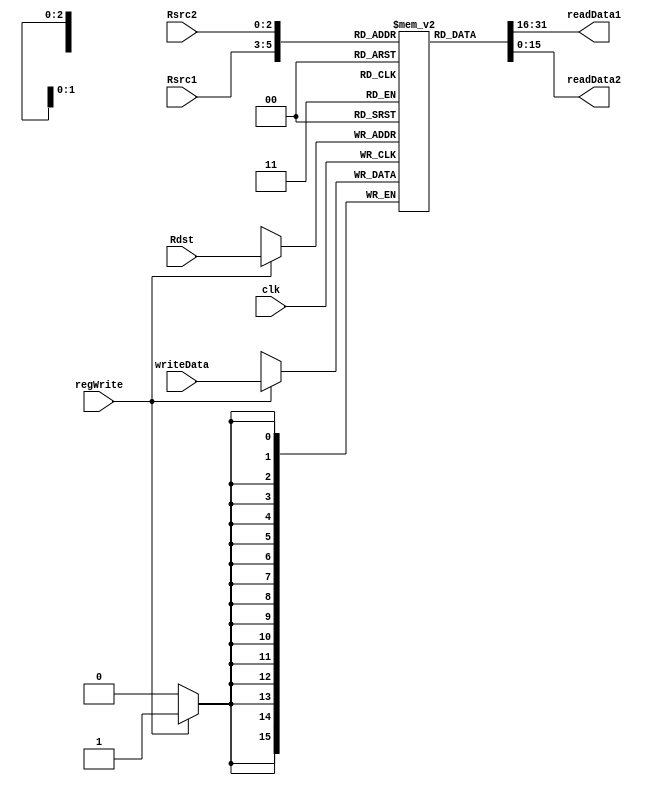
module reg_file ( 
    input wire clk,regWrite,
    input wire  [15:0] writeData,
    input wire  [2: 0] Rsrc1,Rsrc2,Rdst,
    output wire [15:0] readData1, readData2
);
    reg [15:0] array_reg [0:7];
    always @(posedge clk) begin
        if(regWrite)
            array_reg[Rdst] = writeData ;
    end
    assign readData1 = array_reg[Rsrc1];
    assign readData2 = array_reg[Rsrc2];
endmodule